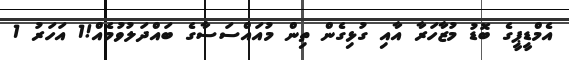
އެމްޑީޕީގެ ބޮޑު މުޒާހަރާ އާއި ގުޅިގެން ތިން މުއައްސަސާގެ ބައްދަލުވުމެއް!1 އަހަރު 1